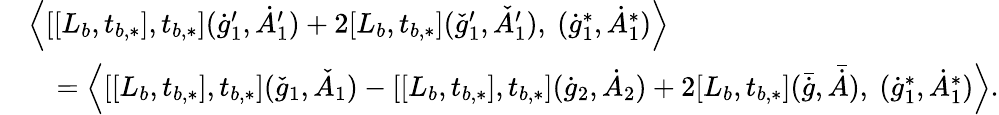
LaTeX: \begin{array}{rl}&{\Big\langle[[L_{b},t_{b,*}],t_{b,*}](\dot{g}_{1}^{\prime},\dot{A}_{1}^{\prime})+2[L_{b},t_{b,*}](\check{g}_{1}^{\prime},\check{A}_{1}^{\prime}),\ (\dot{g}_{1}^{*},\dot{A}_{1}^{*})\Big\rangle}\\ &{\quad=\Big\langle[[L_{b},t_{b,*}],t_{b,*}](\check{g}_{1},\check{A}_{1})-[[L_{b},t_{b,*}],t_{b,*}](\dot{g}_{2},\dot{A}_{2})+2[L_{b},t_{b,*}](\bar{\dot{g}},\bar{\dot{A}}),\ (\dot{g}_{1}^{*},\dot{A}_{1}^{*})\Big\rangle.}\end{array}